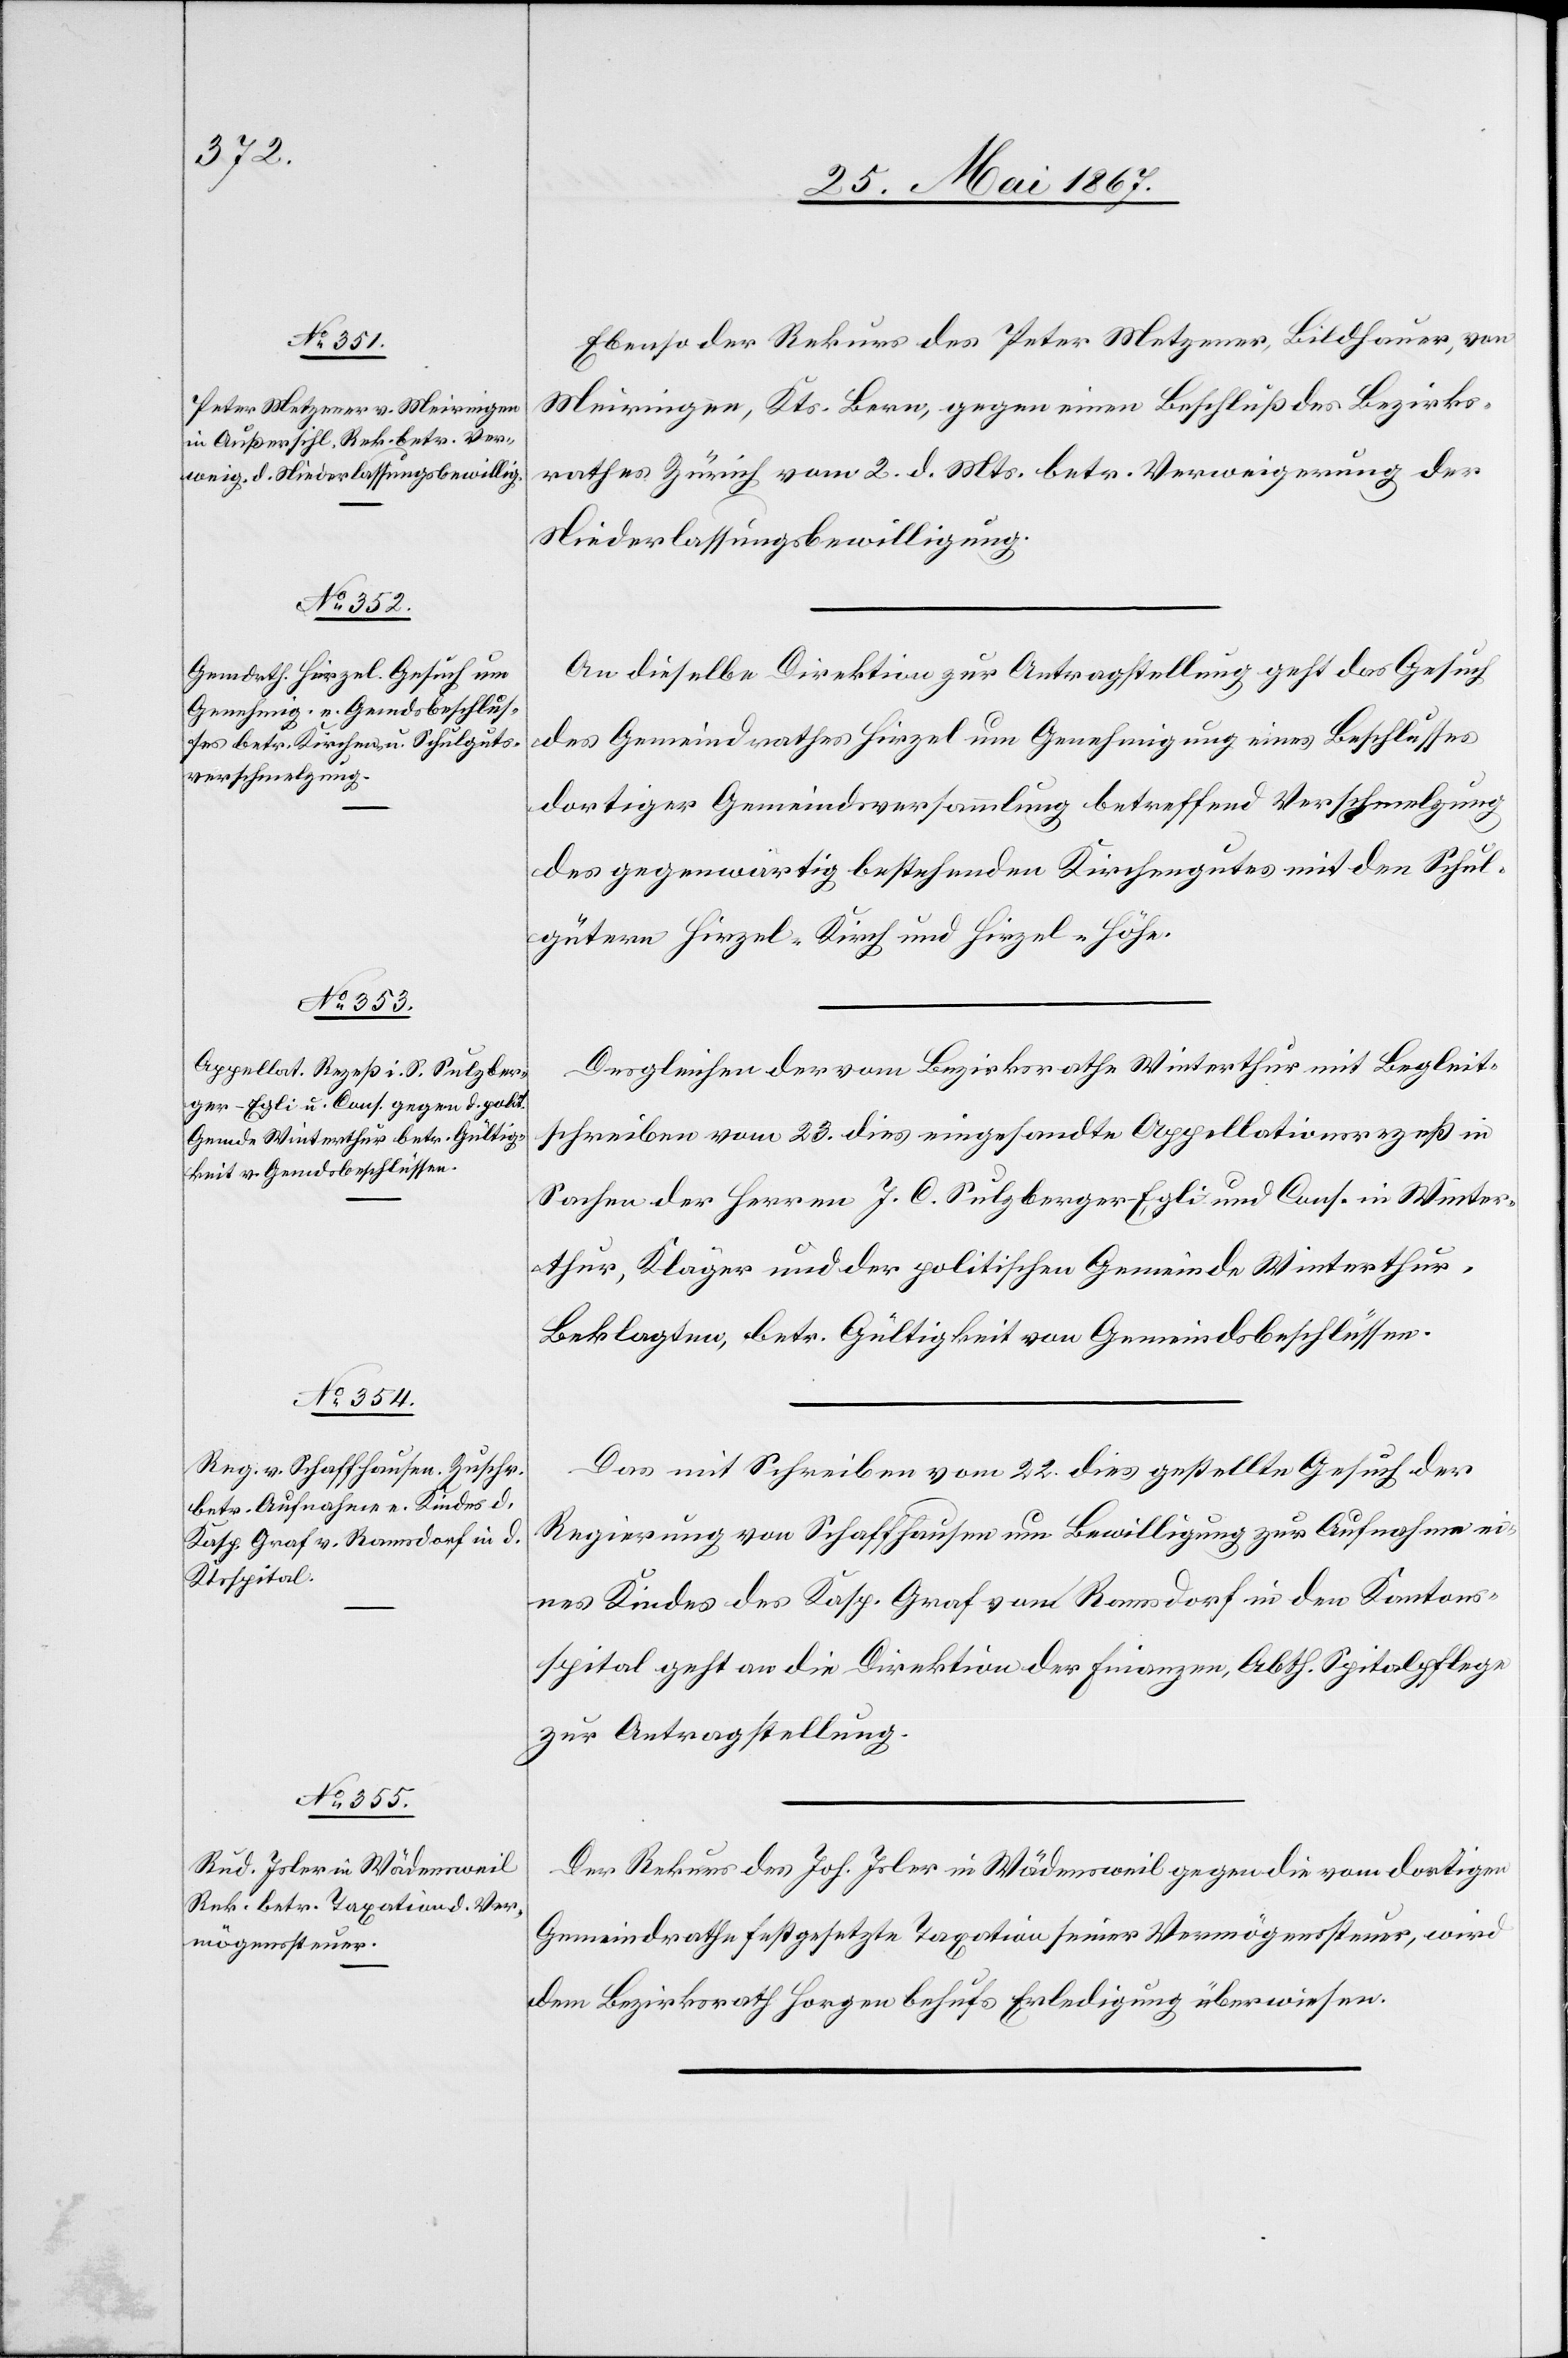
25. Mai 1867.]
Ebenso der Rekurs des Peter Metzgerer, Bildhauer, von
Meiringen, Kts. Bern, gegen einen Beschluß des Bezirks¬
rathes Zürich vom 2. d. Mts. betr. Verweigerung der
Niederlassungsbewilligung.
An dieselbe Direktion zur Antragstellung geht das Gesuch
des Gemeindrathes Hirzel um Genehmigung eines Beschlusses
dortiger Gemeindsversammlung betreffend Verschmelzung
des gegenwärtig bestehenden Kirchengutes mit den Schul¬
gütern Hirzel-Kirch und Hirzel-Höhe.
Desgleichen der vom Bezirksrathe Winterthur mit Begleit¬
schreiben vom 23. dies eingesandte Appellationsrezeß in
Sachen der Herren J. C. Sulzberger-Egli und Cons. in Winter¬
thur, Kläger und der politischen Gemeinde Winterthur,
Beklagten, betr. Gültigkeit von Gemeindsbeschlüssen.
Das mit Schreiben vom 22. dies gestellte Gesuch der
Regierung von Schaffhausen um Bewilligung zur Aufnahme ei¬
nes Kindes des Kasp. Graf von Ramsdorf in den Kantons¬
spital geht an die Direktion der Finanzen, Abth. Spitalpflege
zur Antragstellung.
Der Rekurs des Joh. [sic!] Joler in Wädensweil gegen die vom dortigen
Gemeindrathe festgesetzte Taxation seiner Vermögenssteuer, wird
dem Bezirksrath Horgen behufs Erledigung überwiesen.